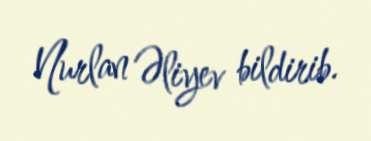
Nurlan Əliyev bildirib.